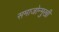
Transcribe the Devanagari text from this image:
समाजोन्मुखी